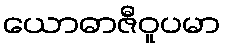
ယောဓာဇီဝူပမာ